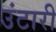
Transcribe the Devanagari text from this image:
उंटारी